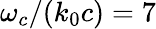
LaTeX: \omega_{c}/{\left(k_{0}c\right)}=7